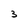
Character: 3